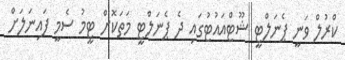
ކްރުލް ވަނީ ޕެނަލްޓީ ޝޫޓްއައުޓުގައި ދެ ޕެނަލްޓީ މަތަކޮށް ޓީމު ސެމީ ފައިނަލަށް